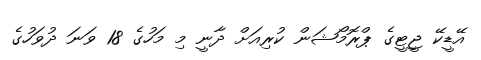
އޭޑީކޭ ޖީޓީގެ ޕްރޮމޯޝަން ކުރިއަށް ދާނީ މި މަހުގެ 18 ވަނަ ދުވަހުގެ